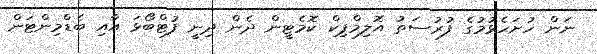
ނަން ހުށަހެޅުމުގެ ފުރުސަތު އޮލިމްޕިކް ކޮމެޓީން ދެން ދިނީ ފުޓްބޯޅަ އާއި ބެޑްމިންޓަން